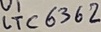
Text: LTC6362